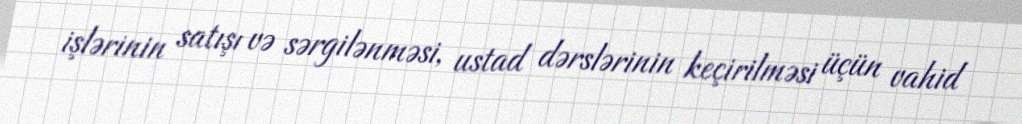
işlərinin satışı və sərgilənməsi, ustad dərslərinin keçirilməsi üçün vahid